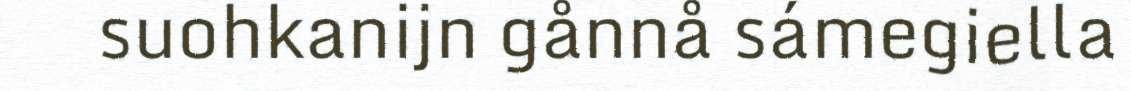
suohkanijn gånnå sámegiella